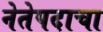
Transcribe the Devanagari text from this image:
नेतेपदाचा